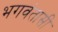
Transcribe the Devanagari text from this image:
भगवंतासी